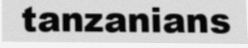
tanzanians